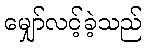
မျှော်လင့်ခဲ့သည်